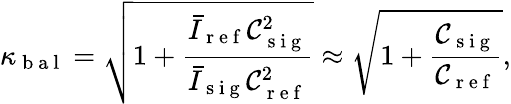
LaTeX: \kappa_{\mathrm{~b~a~l~}}=\sqrt{1+\frac{\bar{I}_{\mathrm{~r~e~f~}}\mathcal{C}_{\mathrm{~s~i~g~}}^{2}}{\bar{I}_{\mathrm{~s~i~g~}}\mathcal{C}_{\mathrm{~r~e~f~}}^{2}}}\approx\sqrt{1+\frac{\mathcal{C}_{\mathrm{~s~i~g~}}}{\mathcal{C}_{\mathrm{~r~e~f~}}}},